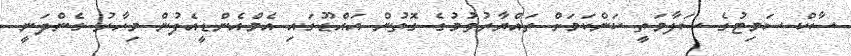
ސާކް ސަމިޓުގެ ސަލާމަތީ ކަންކަމަށް ތައްޔާރުވުމުގެ ގޮތުން އައްޑޫގައި އެމްއެންޑީއެފުން މިހާރު ގެންދަނީ